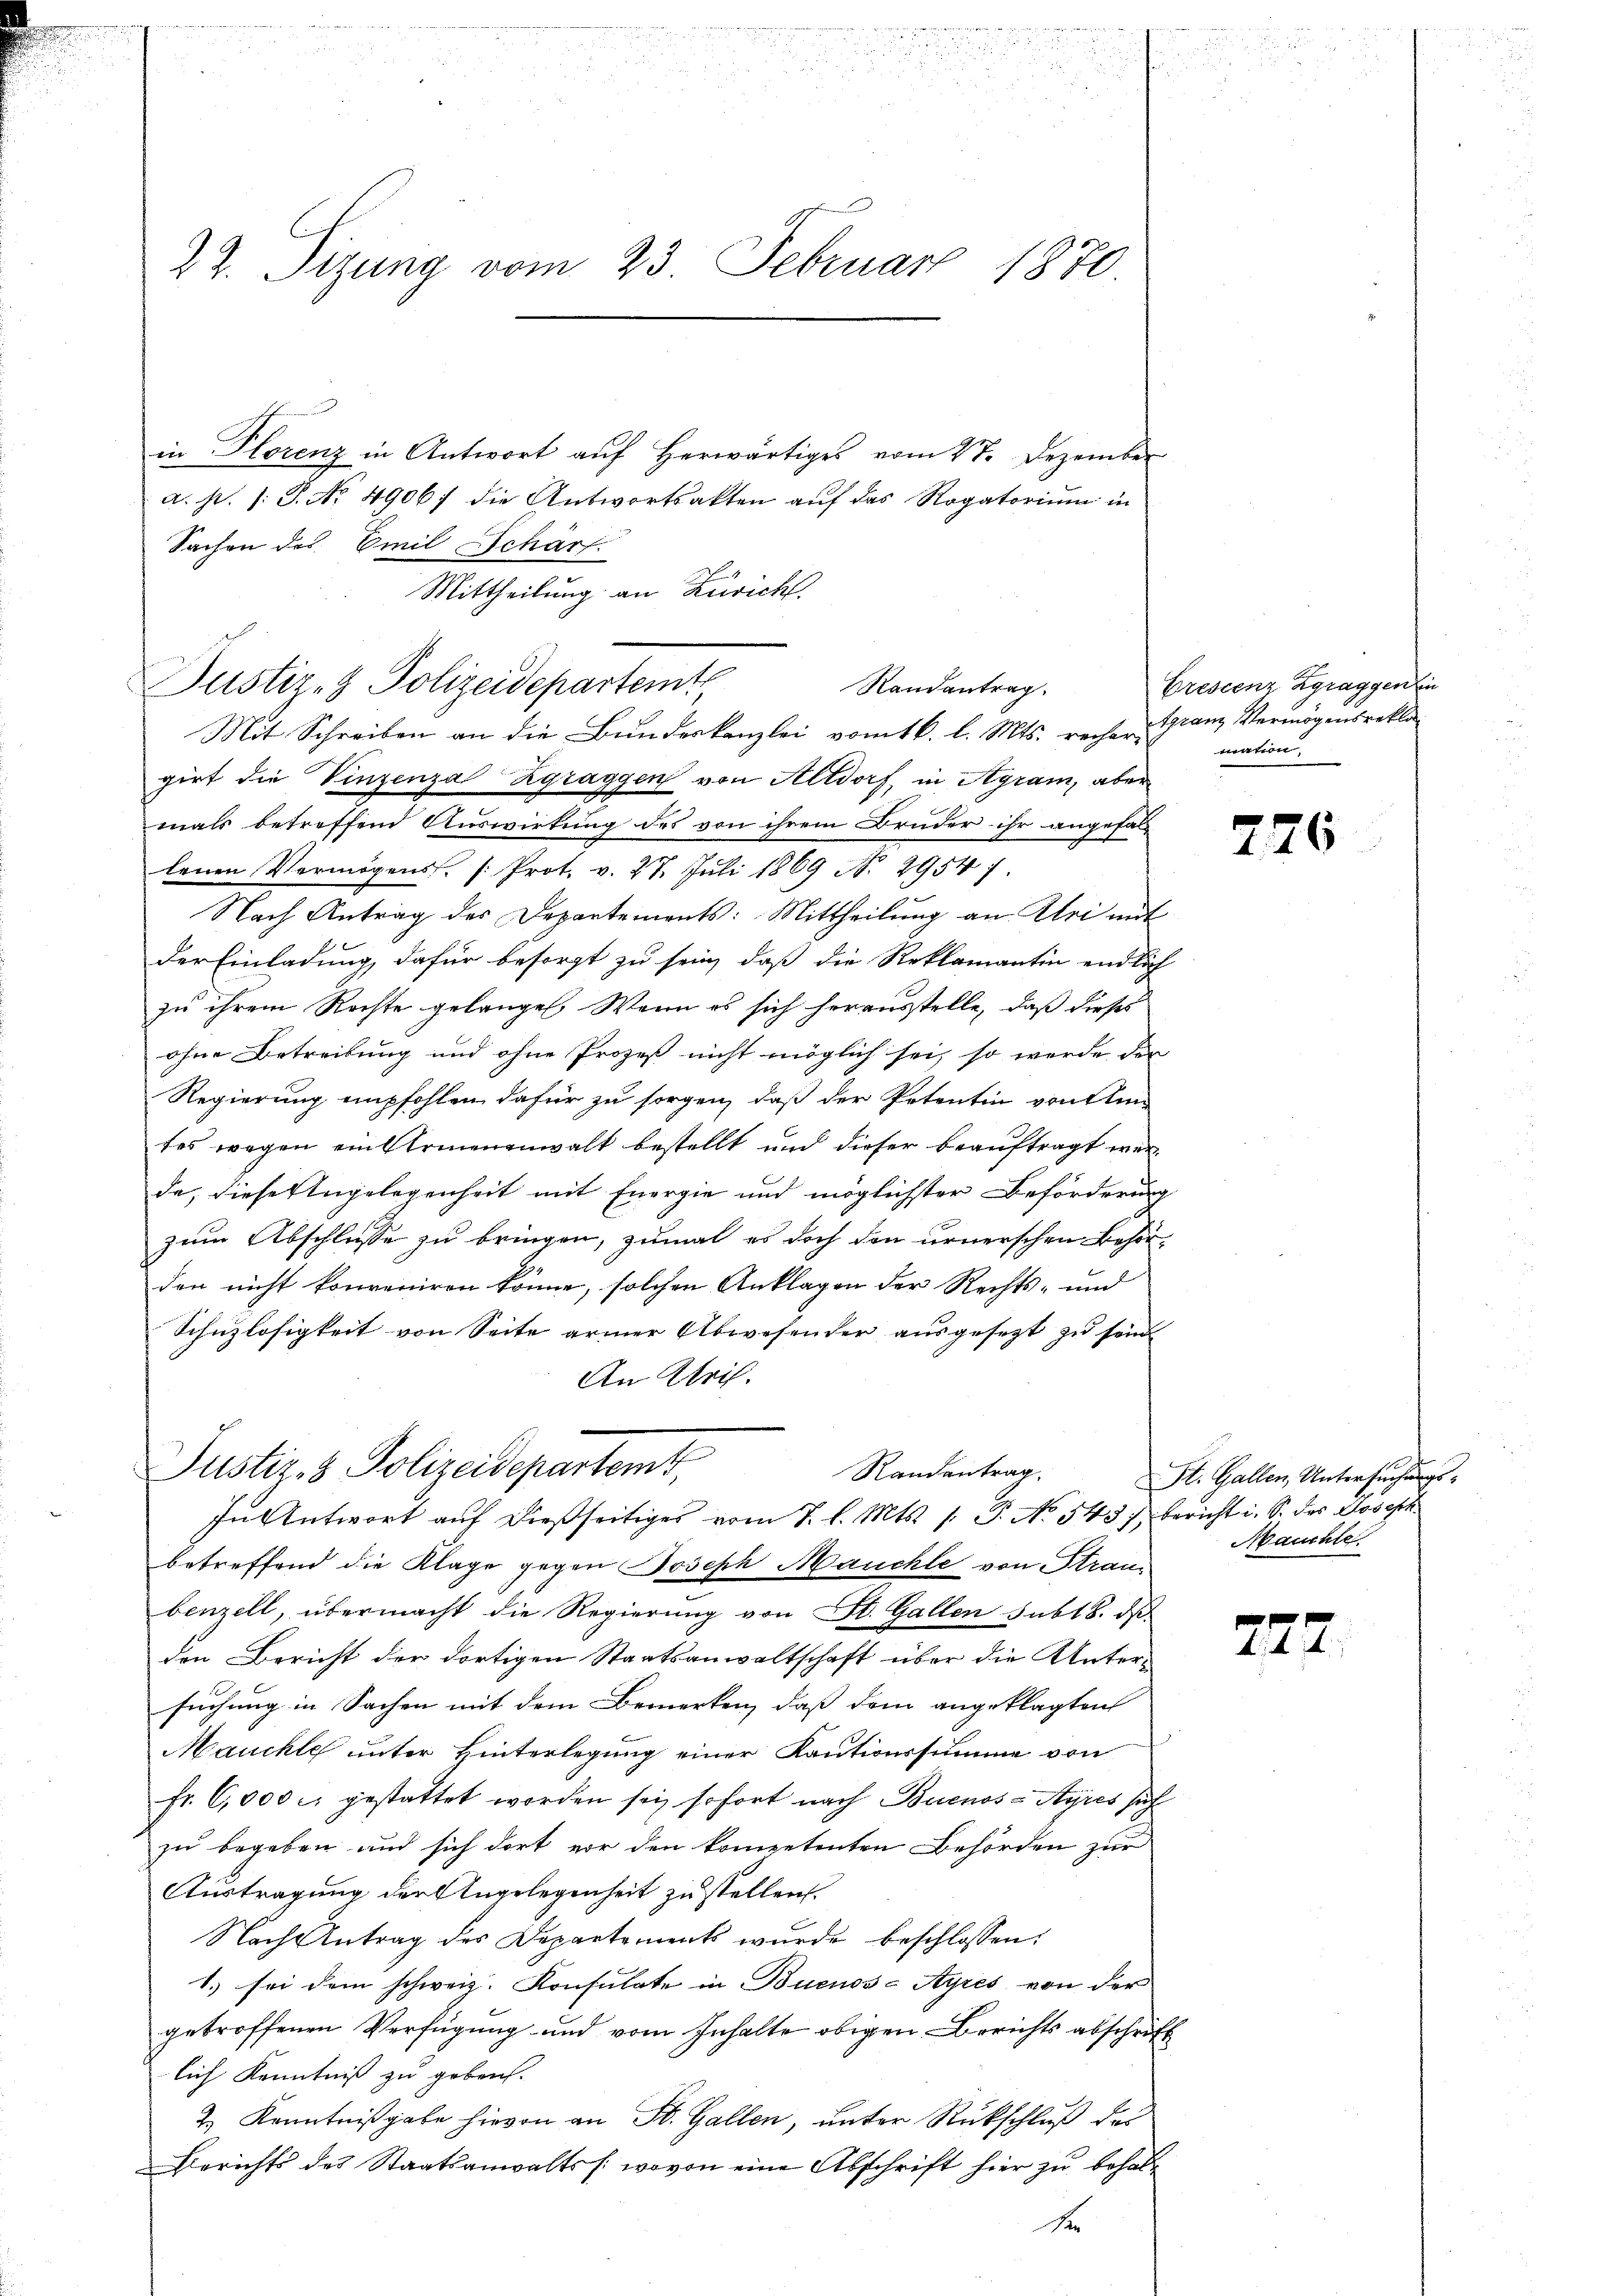
22. Sizung vom 23. Februar 1870

in Florenz in Antwort aŭf herwärtiges vom 27. Dezember
a. p. 1. J. No. 4906; die Antwortsakten auf das Rogatorium in
Sachen des Emil Schärf
Mittheilung an Zürich.
Justiz- & Polizeidepartemte
girt die Vinzenza Zgraggen von Altdorf, in Agram, aber
mals betreffend Auswirkung des von ihrem Bruder ihr angefal
lenen Vermögens. /: Prot. v. 27. Juli 1869 N. 29547.
Nach Antrag des Departements: Mittheilung an Uri mit
der Einladung, dafür besorgt zu sein, daß die Reklamantin endlich
zu ihrem Rechte gelangen. Wenn es sich herausstelle, daß dieses
ohne Betreibung und ohne Prozeß nicht möglich sei, so werde der
Regierung empfohlen dafür zu sorgen, daß der Petentin von Amtes wegen ein Armenenwalt bestellt und dieser beauftragt werda, diese Angelegenheit mit Energie und möglichster Beförderung
zum Abschlusse zu bringen, zumal es doch den urnerschen Behörden nicht konveniren könne, solchen Anklagen der Rechts- und
Schuzlosigkeit von Seite armer Abwesender ausgesezt zu sein
An Kris.
Justiz & Polizeidepartemt,
Randantrag.
In Antwort auf dießseitiges vom 7. l. Mts. 1. P. No 543 :/ bericht i. S. des Joseph
betreffend die Klage gegen Joseph Mauchte von Straubenzell, übermacht die Regierung von St. Gallen sub 18. ds
den Bericht der dortigen Staatsanwaltschaft über die Untersuchung in Sachen mit dem Bemerken, daß dem angeklagten
Mauchte unter Hinterlegung einer Kautionssumme von
fr. 6,000 c. gestattet worden sei, sofort nach Buenos-Ayres sich
zu begeben und sich dort vor den kompetenten Behörden zur
Austragung der Angelegenheit zu stellen.
Nach Antrag des Departements wurde beschlossen:
1.) sei dem schweiz. Konsulate in Buenos-Ayres von der
getroffenen Verfügung und vom Inhalte obigen Berichts abschrift
lich Kenntniß zu geben.
2.) Kenntnißgabe hievon an St. Gallen, unter Rückschluß des
Berichts des Staatsanwalts /: wovon eine Abschrift hier zŭ behal¬

Randantrag
Mit Schreiben an die Bundeskanzlei vom 16. l. Mts. recher Granz Vermögensrekla

Crescenz Zgraggen in
mation.

7

St. Gallen, Untersuchungs¬
Mauchte

2)

6